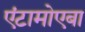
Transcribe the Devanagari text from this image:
एंटामोएबा